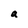
Character: a